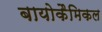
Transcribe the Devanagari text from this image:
बायोकैमिकल